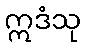
ဣဒံသု